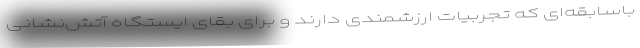
باسابقه‌ای که تجربیات ارزشمندی دارند و برای بقای ایستگاه آتش‌نشانی